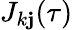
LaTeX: J_{k\mathbf{j}}(\tau)